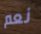
نعم